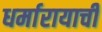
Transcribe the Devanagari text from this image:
धर्मारायाची